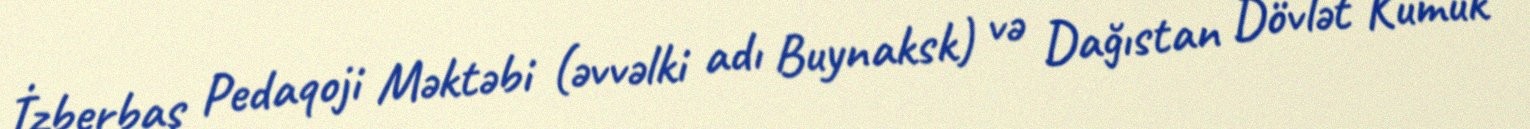
İzberbaş Pedaqoji Məktəbi (əvvəlki adı Buynaksk) və Dağıstan Dövlət Kumuk